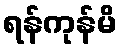
ရန်ကုန်မိ